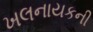
ખલનાયકની